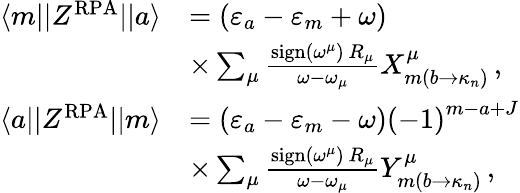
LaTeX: \begin{array}{rl}{\langle m||Z^{\mathrm{RPA}}||a\rangle}&{=\left(\varepsilon_{a}-\varepsilon_{m}+\omega\right)}\\ &{\times\sum_{\mu}\frac{\mathrm{sign}\left(\omega^{\mu}\right)\, R_{\mu}}{\omega-\omega_{\mu}}X_{m\left(b\rightarrow\kappa_{n}\right)}^{\mu}\, ,}\\ {\langle a||Z^{\mathrm{RPA}}||m\rangle}&{=\left(\varepsilon_{a}-\varepsilon_{m}-\omega\right)\left(-1\right)^{m-a+J}}\\ &{\times\sum_{\mu}\frac{\mathrm{sign}\left(\omega^{\mu}\right)\, R_{\mu}}{\omega-\omega_{\mu}}Y_{m\left(b\rightarrow\kappa_{n}\right)}^{\mu}\, ,}\end{array}